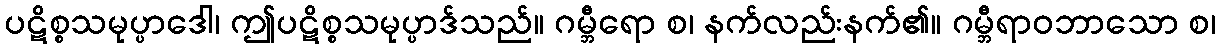
ပဋိစ္စသမုပ္ပာဒေါ၊ ဤပဋိစ္စသမုပ္ပာဒ်သည်။ ဂမ္ဘီရော စ၊ နက်လည်းနက်၏။ ဂမ္ဘီရာဝဘာသော စ၊